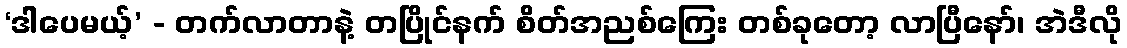
‘ဒါပေမယ့်’ - တက်လာတာနဲ့ တပြိုင်နက် စိတ်အညစ်ကြေး တစ်ခုတော့ လာပြီနော်၊ အဲဒီလို